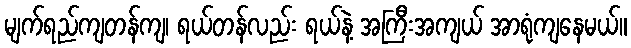
မျက်ရည်ကျတန်ကျ၊ ရယ်တန်လည်း ရယ်နဲ့ အကြီးအကျယ် အာရုံကျနေမယ်။